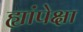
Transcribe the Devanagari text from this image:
ह्यांपेक्षा